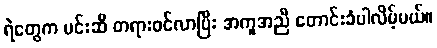
ရဲတွေက မင်းဆီ တရားဝင်လာပြီး အကူအညီ တောင်းခံပါလိမ့်မယ်။